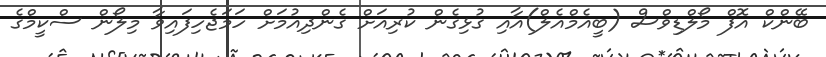
ބޭންކް އޮފް މޯލްޑިވްސް (ބީއެމްއެލް)އާއި ގުޅިގެން ކުރިއަށް ގެންދިއުމަށް ހަމަޖެހިފައިވާ މިލޯން ސްކީމްގެ